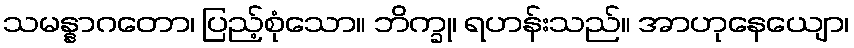
သမန္နာဂတော၊ ပြည့်စုံသော။ ဘိက္ခု၊ ရဟန်းသည်။ အာဟုနေယျော၊